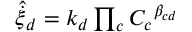
\begin{array} { r } { { \hat { \dot { \xi } } } _ { d } = k _ { d } \prod _ { c } { C _ { c } } ^ { \beta _ { c d } } } \end{array}